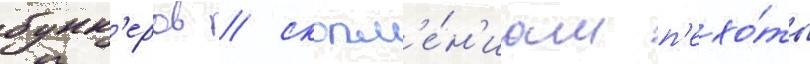
бунк'еров / скопл'е́н'иам п'ехо́ты